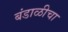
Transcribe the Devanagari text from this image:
बंडाळीचा